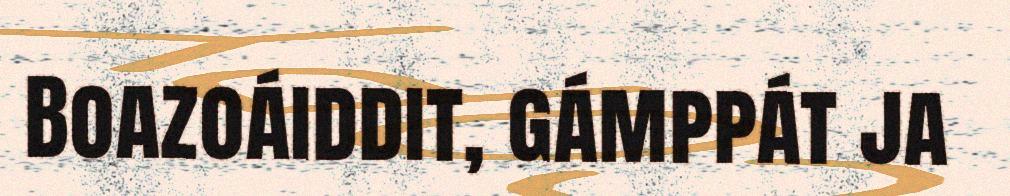
Boazoáiddit, gámppát ja